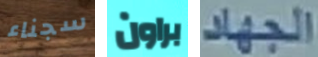
سجناء براون الجهاد